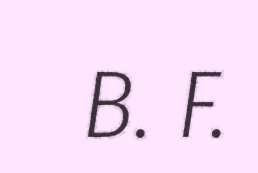
B. F.